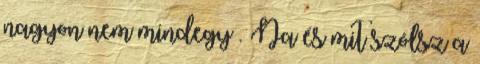
nagyon nem mindegy . Na és mit szólsz a